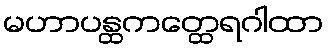
မဟာပန္ထကတ္ထေရဂါထာ